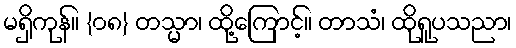
မရှိကုန်။ {၀၈} တသ္မာ၊ ထို့ကြောင့်။ တာသံ၊ ထိုရူပသညာ၊